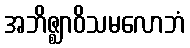
အဘိဇ္ဈာဝိသမလောဘံ